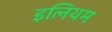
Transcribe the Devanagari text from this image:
इलियम